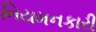
નિયમનકારી